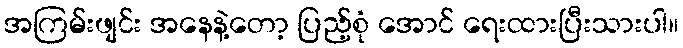
အကြမ်းဖျင်း အနေနဲ့တော့ ပြည့်စုံ အောင် ရေးထားပြီးသားပါ။